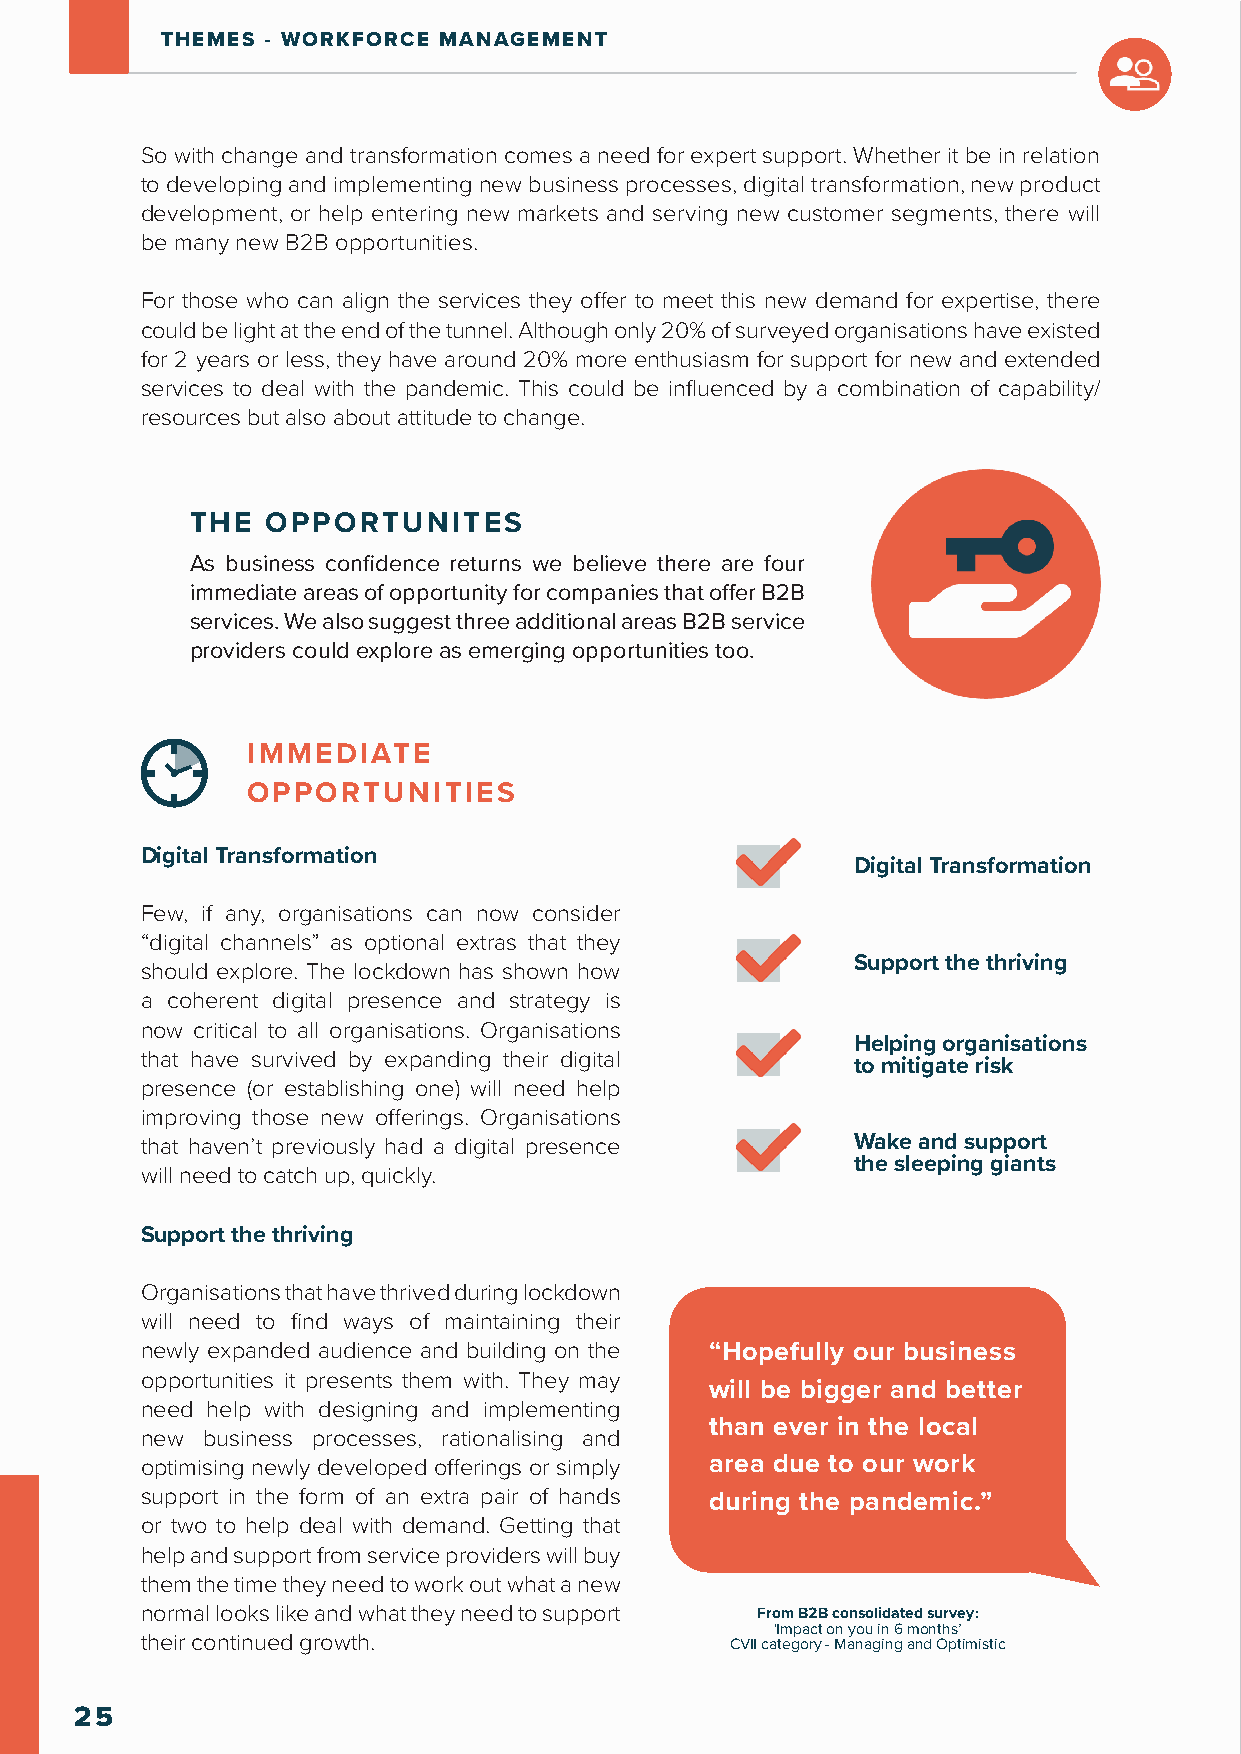
THEMES - WORKFORCE MANAGEMENT
 So with change and transformation comes a need for expert support. Whether it be in relation
 to developing and implementing new business processes, digital transformation, new product
 development, or help entering new markets and serving new customer segments, there will
 be many new B2B opportunities.
 For those who can align the services they offer to meet this new demand for expertise, there
 could be light at the end of the tunnel. Although only 20% of surveyed organisations have existed
 for 2 years or less, they have around 20% more enthusiasm for support for new and extended
 services to deal with the pandemic. This could be influenced by a combination of capability/
 resources but also about attitude to change.
 THE  OPPORTUNITES
 As business confidence returns we believe there are four
 immediate areas of opportunity for companies that offer B2B
 services. We also suggest three additional areas B2B service
 providers could explore as emerging opportunities too.
 IMMEDIATE
 OPPORTUNITIES
 Digital Transformation
 Digital Transformation
 Few, if any, organisations can now consider
 “digital channels” as optional extras that they
 Support the thriving
 should explore. The lockdown has shown how
 a coherent digital presence and strategy is
 now critical to all organisations. Organisations
 Helping organisations
 that have survived by expanding their digital
 to mitigate risk
 presence (or establishing one) will need help
 improving those new offerings. Organisations
 that haven’t previously had a digital presence  Wake and support
 the sleeping giants
 will need to catch up, quickly.
 Support the thriving
 Organisations that have thrived during lockdown
 will need to find ways of maintaining their
 newly expanded audience and building on the “Hopefully our business
 opportunities it presents them with. They may
 will be bigger and better
 need help with designing and implementing
 than ever in the local
 new business processes, rationalising and
 optimising newly developed offerings or simply area due to our work
 support in the form of an extra pair of hands during the pandemic.”
 or two to help deal with demand. Getting that
 help and support from service providers will buy
 them the time they need to work out what a new
 normal looks like and what they need to support From B2B consolidated survey:
 ‘Impact on you in 6 months’
 their continued growth.                CVII category - Managing and Optimistic
 25